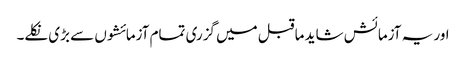
اور یہ آزمائش شاید ماقبل میں گزری تمام آزمائشوں سے بڑی نکلے۔